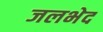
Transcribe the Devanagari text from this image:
जलभेद